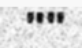
""